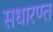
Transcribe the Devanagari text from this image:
सधारण्त